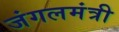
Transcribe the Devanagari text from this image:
जंगलमंत्री